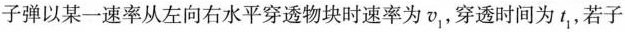
子弹以某一速率从左向右水平穿透物块时速率为v_{1}，穿透时间为t_{1}，若子